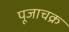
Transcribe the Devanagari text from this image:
पूजाचक्र